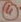
Text: 4